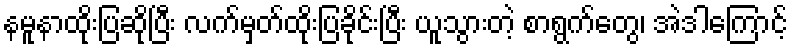
နမူနာထိုးပြဆိုပြီး လက်မှတ်ထိုးပြခိုင်းပြီး ယူသွားတဲ့ စာရွက်တွေ၊ အဲဒါကြောင့်